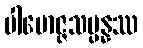
ပါမောဇ္ဇသမ္ပန္နဿ